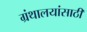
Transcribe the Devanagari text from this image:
ग्रंथालयांसाठी